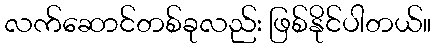
လက်ဆောင်တစ်ခုလည်း ဖြစ်နိုင်ပါတယ်။